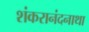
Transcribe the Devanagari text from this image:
शंकरानंदनाथा